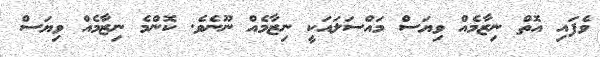
ވެފައި އޮތް ނިޒާމެއް ވިޔަސް މައްސަލައަކީ ނިޒާމެއް ނޫނެވެ. ކޮންމެ ނިޒާމެއް ވިޔަސް